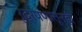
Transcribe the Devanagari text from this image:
रुद्रपणातूनही